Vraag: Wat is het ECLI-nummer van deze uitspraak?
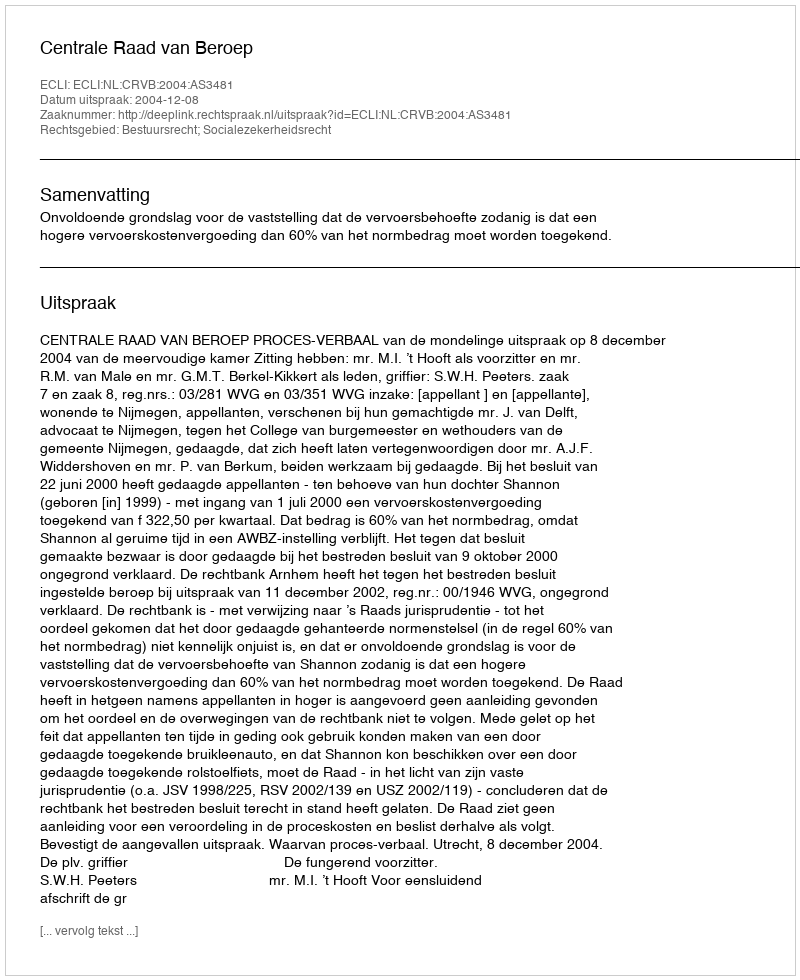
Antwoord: ECLI:NL:CRVB:2004:AS3481